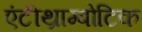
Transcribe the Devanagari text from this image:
एंटीथ्राम्बोटिक